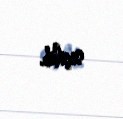
seçilib.